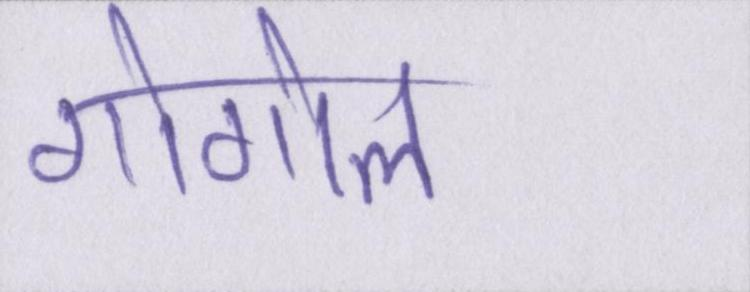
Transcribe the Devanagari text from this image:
गोगोल